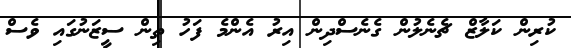
ކުރިން ކަލާޒް ޗެނެލުން ގެނެސްދިން އިރު އެންމެ ފަހު ތިން ސީޒަނުގައި ވެސް